Lunatic asylums in Bengal annual reports 1912-1924 - 1912-1924
Year: 1912
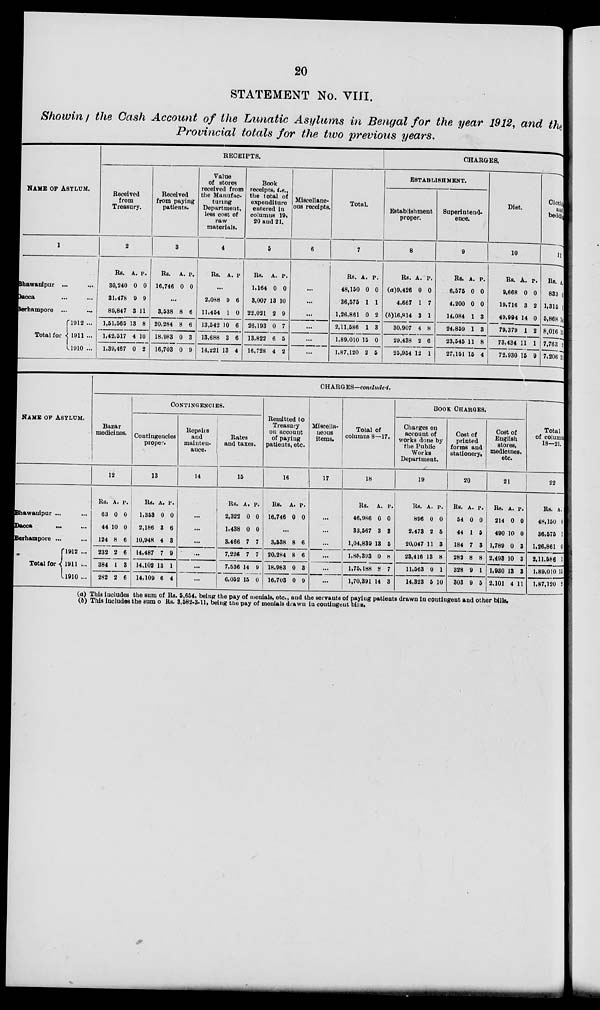
20
STATEMENT No. VIII.
Showing the Cash Account of the Lunatic Asylums in Bengal for the year 1912, and the
Provincial totals for the two previous years.
NAME OF ASYLUM.
1
Bhawanipur ... ...
Dacca ... ...
Berhampore
...
...
Total for
1912 ...
1911 ...
1910 ...
RECEIPTS.
Received
from
Treasury.
2
Rs.
30,240
31,476
89,847
1,51,565
1,42,517
1,39,467
A.
0
9
3
13
4
0
P.
0
9
11
8
10
2
Received
from paying
patients.
3
Rs.
16,746
A.
0
P.
0
...
3,538
20,284
18,983
16,703
8
8
0
0
6
6
3
9
Value
of stores
received from
the Manufac-
turing
Department,
less cost of
raw
materials.
4
Rs. A. P.
...
2,088
11,454
13,542
13,688
14,221
9
1
10
3
13
6
0
6
6
4
Book
receipts, i.e.,
the total of
expenditure
entered in
columns 19,
20 and 21.
5
Rs.
1,164
3,007
22,021
26,193
13,822
16,728
A.
0
13
2
0
6
4
P.
0
10
9
7
5
2
Miscellane-
ous receipts.
6
...
...
...
...
...
...
Total.
7
Rs.
48,150
36,575
1,26,861
2,11,586
1,89,010
1,87,120
A.
0
1
0
1
15
2
P.
0
1
2
3
0
5
CHARGES.
ESTABLISHMENT.
Establishment
proper.
8
Rs.
(a)9,426
4,667
(b)16,814
30,907
29,438
25,954
A.
0
1
3
4
2
12
P.
0
7
1
8
6
1
Superintend-
ence.
9
Rs.
6,575
4,200
14,084
24,859
23,545
27,151
A.
0
0
1
1
11
15
P.
0
0
3
3
8
4
Diet.
10
Rs.
9,668
19,716
49,994
79,379
73,434
72,930
A.
0
3
14
1
11
15
P.
0
2
0
2
1
9
Clothing
and
bedding.
11
Rs.
833
1,315
5,868
8,016
7,763
7,206
A.
9
1
14
15
2
10
NAME OF ASYLUM.
Bhawanipur ... ...
Dacca ... ...
Berhampore ... ...
Total for
1912 ...
1911 ...
1910 ...
CHARGES—concluded.
Bazar
medicines.
12
Rs.
63
44
124
232
384
282
A.
0
10
8
2
1
2
P.
0
0
6
6
3
6
CONTINGENCIES.
Contingencies
proper.
13
Rs.
1,353
2,186
10,948
14,487
14,102
14,109
A.
0
3
4
7
13
6
P.
0
6
3
9
1
4
Repairs
and
mainten-
ance.
14
...
...
...
...
...
...
Rates
and taxes.
15
Rs.
2,322
1,438
3,466
7,226
7,536
6,052
A.
0
0
7
7
14
15
P.
0
0
7
7
9
0
Remitted to
Treasury
on accouut
of paying
patients, etc.
16
Rs.
16,746
A.
0
P.
0
...
3,538
20,284
18,983
16,703
8
8
0
0
6
6
3
9
Miscella-
neous
items.
17
...
...
...
...
...
...
Total of
columns 8—17.
18
Rs.
46,986
33,567
1,04,839
1,85,393
1,75,188
1,70,391
A.
0
3
13
0
8
14
P.
0
3
5
8
7
3
BOOK CHARGES.
Charges on
account of
works done by
the Public
Works
Department.
19
Rs.
896
2,473
20,047
23,416
11,563
14,323
A.
0
2
11
13
0
5
P.
0
5
3
8
1
10
Cost of
printed
forms and
stationery.
20
Rs.
54
44
184
282
328
303
A.
0
1
7
8
9
9
P.
0
5
3
8
1
5
Cost of
English
stores,
medicines,
etc.
21
Rs.
214
490
1,789
2,498
1,930
2,101
A.
0
10
0
10
13
4
P.
0
0
3
3
3
11
Total
of column
18-21.
22
Rs.
48,150
36,575
1,26,861
2,11,586
1,89,010
1,87,120
A.
0
1
0
1
15
2
(a) This includes the sum of Rs. 5,654, being the pay of menials, etc., and the servants of paying patients drawn in contingent and other bills.
(b) This includes the sum of Rs. 3,582-3-11, being the pay of menials drawn in contingent bills.